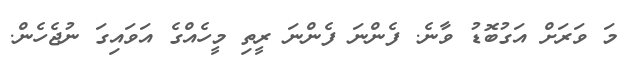
މަ ވަރަށް އަގުބޮޑު ވާނެ. ފެންނަ ފެންނަ ރީތި މީހެއްގެ އަވައިގަ ނުޖެހެން.